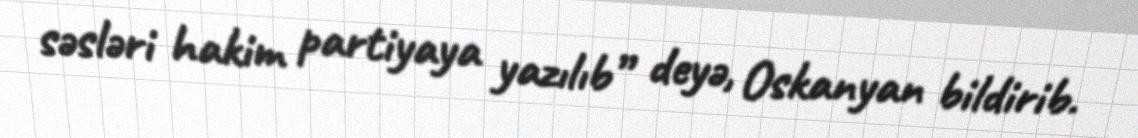
səsləri hakim partiyaya yazılıb” deyə, Oskanyan bildirib.